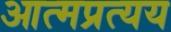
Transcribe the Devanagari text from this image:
आत्मप्रत्यय